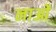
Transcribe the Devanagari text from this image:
नाओं